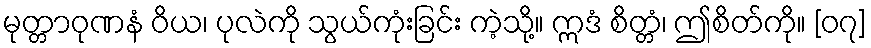
မုတ္တာဝုဏနံ ဝိယ၊ ပုလဲကို သွယ်ကုံးခြင်း ကဲ့သို့။ ဣဒံ စိတ္တံ၊ ဤစိတ်ကို။ [၀၇]